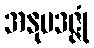
အနုပဒဇ္ဇုံ